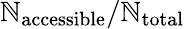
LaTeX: \mathbb{N}_{\mathrm{{accessible}}}/\mathbb{N}_{\mathrm{{total}}}